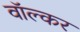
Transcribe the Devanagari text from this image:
वॉल्कर